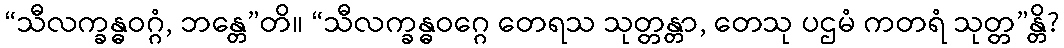
“သီလက္ခန္ဓဝဂ္ဂံ, ဘန္တေ”တိ။ “သီလက္ခန္ဓဝဂ္ဂေ တေရသ သုတ္တန္တာ, တေသု ပဌမံ ကတရံ သုတ္တ”န္တိ?